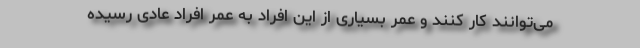
می‌توانند کار کنند و عمر بسیاری از این افراد به عمر افراد عادی رسیده